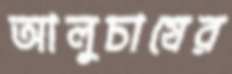
আলুচাষের